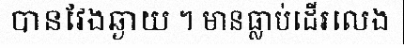
បានវែងឆ្ងាយ ។ មានធ្លាប់ដើរលេង